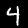
Label: 4